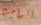
الواجب